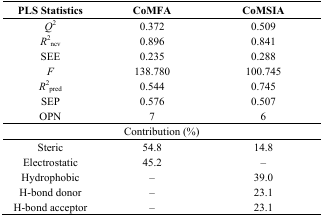
<table><thead><tr><td><b>PLS Statistics</b></td><td><b>CoMFA</b></td><td><b>CoMSIA</b></td></tr></thead><tbody><tr><td><i>Q</i><sup>2</sup></td><td>0.372</td><td>0.509</td></tr><tr><td><i>R</i><sup>2</sup><sub>ncv</sub></td><td>0.896</td><td>0.841</td></tr><tr><td>SEE</td><td>0.235</td><td>0.288</td></tr><tr><td><i>F</i></td><td>138.780</td><td>100.745</td></tr><tr><td><i>R</i><sup>2</sup><sub>pred</sub></td><td>0.544</td><td>0.745</td></tr><tr><td>SEP</td><td>0.576</td><td>0.507</td></tr><tr><td>OPN</td><td>7</td><td>6</td></tr><tr><td colspan="3">Contribution (%)</td></tr><tr><td>Steric</td><td>54.8</td><td>14.8</td></tr><tr><td>Electrostatic</td><td>45.2</td><td>–</td></tr><tr><td>Hydrophobic</td><td>–</td><td>39.0</td></tr><tr><td>H-bond donor</td><td>–</td><td>23.1</td></tr><tr><td>H-bond acceptor</td><td>–</td><td>23.1</td></tr></tbody></table>